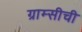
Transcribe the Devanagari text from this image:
ग्राम्सीची